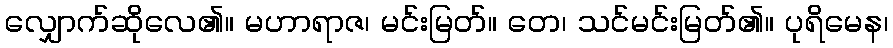
လျှောက်ဆိုလေ၏။ မဟာရာဇ၊ မင်းမြတ်။ တေ၊ သင်မင်းမြတ်၏။ ပုရိမေန၊